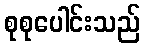
စုစုပေါင်းသည်